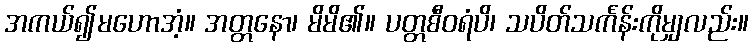
အကယ်၍မဟောအံ့။ အတ္တနော၊ မိမိ၏။ ပတ္တစီဝရံပိ၊ သပိတ်သင်္ကန်းကိုမျှလည်း။